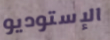
الإستوديو